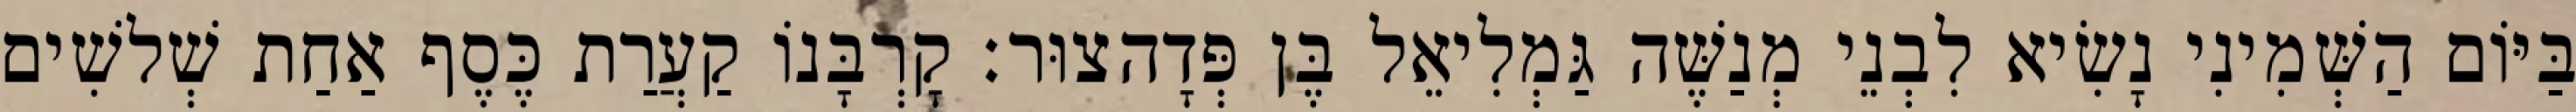
בַּיּוֹם הַשְּׁמִינִי נָשִׂיא לִבְנֵי מְנַשֶּׁה גַּמְלִיאֵל בֶּן פְּדָהצוּר׃ קָרְבָּנוֹ קַעֲרַת כֶּסֶף אַחַת שְׁלשִׁים